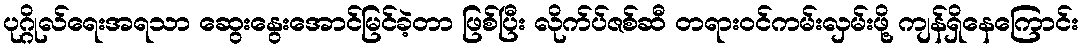
ပုဂ္ဂိုလ်ရေးအရသာ ဆွေးနွေးအောင်မြင်ခဲ့တာ ဖြစ်ပြီး လိုက်ပ်ဇစ်ဆီ တရားဝင်ကမ်းလှမ်းဖို့ ကျန်ရှိနေကြောင်း